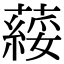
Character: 䕑